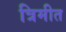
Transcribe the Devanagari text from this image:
त्रिमीत